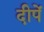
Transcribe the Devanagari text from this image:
दीपें